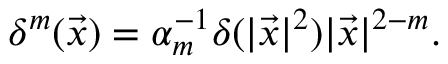
\delta ^ { m } ( \vec { x } ) = \alpha _ { m } ^ { - 1 } \delta ( | \vec { x } | ^ { 2 } ) | \vec { x } | ^ { 2 - m } .